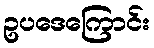
ဥပဒေကြောင်း